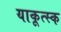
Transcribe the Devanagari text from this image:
याकूत्स्क